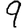
Digit: 9